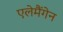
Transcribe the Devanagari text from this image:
एलेमैंगेन